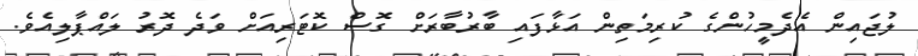
ލުޖައިން އެދެމީހުންގެ ކުރިމަތިން އަޅާފައި ބާރުބާރަށް ގޮސް ކޮޓަރިއަށް ވަދެ ދޮރު ލައްޕާލިއެވެ.